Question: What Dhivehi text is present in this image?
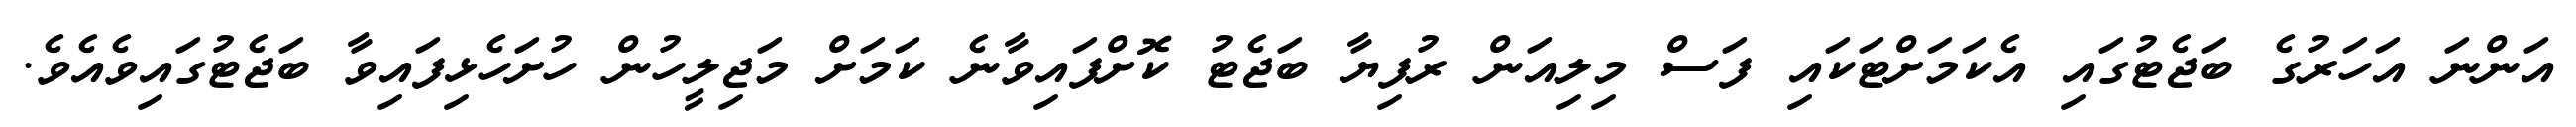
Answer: އަންނަ އަހަރުގެ ބަޖެޓުގައި އެކަމަށްޓަކައި ފަސް މިލިއަން ރުފިޔާ ބަޖެޓު ކޮށްފައިވާނެ ކަމަށް މަޖިލީހުން ހުށަހެޅިފައިވާ ބަޖެޓުގައިވެއެވެ.